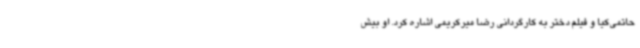
حاتمی‌کیا و فیلم دختر به کارگردانی رضا میرکریمی اشاره کرد. او بیش